Piroplasma canis and its life cycle in the tick - Number 29
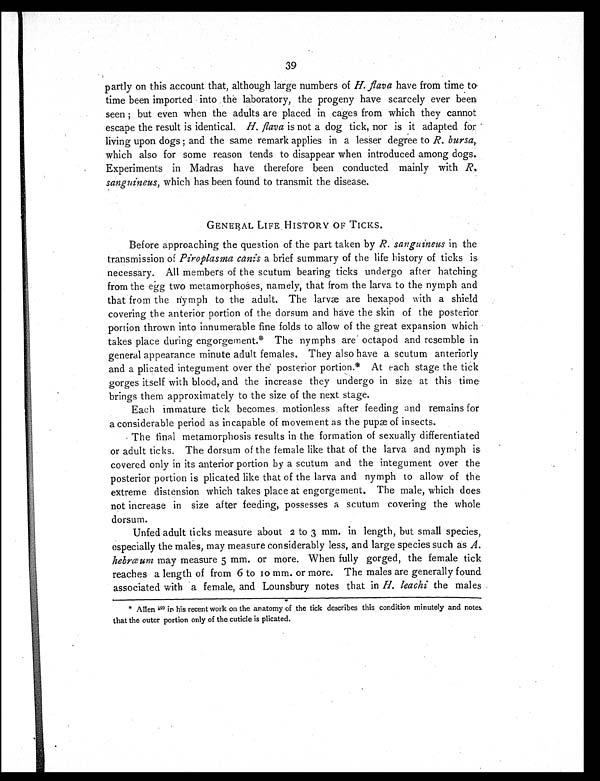
39
partly on this account that, although large numbers of H. flavah a v e f r o m t i m e t o
time been imported into the laboratory, the progeny have scarcely ever been
seen; but even when the adults are placed in cages from which they cannot
escape the result is identical. H. flavai s n o t a d o g t i c k , n o r i s i t a d a p t e d f o r
living upon dogs; and the same remark applies in a lesser degree to R. bursa,
which also for some reason tends to disappear when introduced among dogs.
Experiments in Madras have therefore been conducted mainly with R.
sanguineus, which has been found to transmit the disease.
GENERAL LIFE HISTORY OF TICKS.
Before approaching the question of the part taken by R. sanguineus in the
transmission of Piroplasma canis a brief summary of the life history of ticks is
necessary. All members of the scutum bearing ticks undergo after hatching
from the egg two metamorphoses, namely, that from the larva to the nymph and
that from the nymph to the adult. The larvæ are hexapod with a shield
covering the anterior portion of the dorsum and have the skin of the posterior
portion thrown into innumerable fine folds to allow of the great expansion which
takes place during engorgement.* The nymphs are octapod and resemble in
general appearance minute adult females. They also have a scutum anteriorly
and a plicated integument over the posterior portion.* At each stage the tick
gorges itself with blood, and the increase they undergo in size at this time
brings them approximately to the size of the next stage.
Each immature tick becomes motionless after feeding and remains for
a considerable period as incapable of movement as the pupæ of insects.
The final metamorphosis results in the formation of sexually differentiated
or adult ticks. The dorsum of the female like that of the larva and nymph is
covered only in its anterior portion by a scutum and the integument over the
posterior portion is plicated like that of the larva and nymph to allow of the
extreme distension which takes place at engorgement. The male, which does
not increase in size after feeding, possesses a scutum covering the whole
dorsum.
Unfed adult ticks measure about 2 to 3 mm. in length, but small species,
especially the males, may measure considerably less, and large species such as A.
hebræum may measure 5 mm. or more. When fully gorged, the female tick
reaches a length of from 6 to 10 mm. or more. The males are generally found
associated with a female, and Lounsbury notes that in H. leachi the males
* Allen 90 in his recent work on the anatomy of the tick describes this condition minutely and notes
that the outer portion only of the cuticle is plicated.